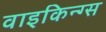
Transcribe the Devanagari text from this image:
वाइकिन्ग्स